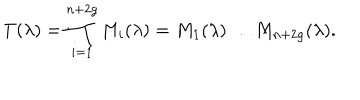
T ( \lambda ) = \prod _ { i = 1 } ^ { n + 2 g } { M _ { i } ( \lambda ) } = M _ { 1 } ( \lambda ) \dots M _ { n + 2 g } ( \lambda ) .